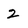
Character: 2